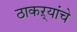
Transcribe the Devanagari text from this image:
ठाकऱ्यांचे